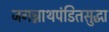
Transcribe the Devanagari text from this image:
जगन्नाथपंडितसुद्धा